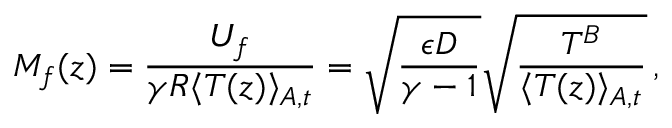
M _ { f } ( z ) = \frac { U _ { f } } { \gamma R \langle T ( z ) \rangle _ { A , t } } = \sqrt { \frac { \epsilon D } { \gamma - 1 } } \sqrt { \frac { T ^ { B } } { \langle T ( z ) \rangle _ { A , t } } } \, ,